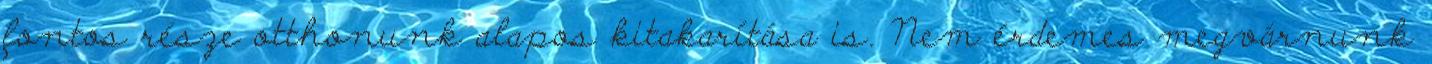
fontos része otthonunk alapos kitakarítása is. Nem érdemes megvárnunk